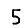
Digit: 5